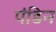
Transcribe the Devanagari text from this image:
पंडिन